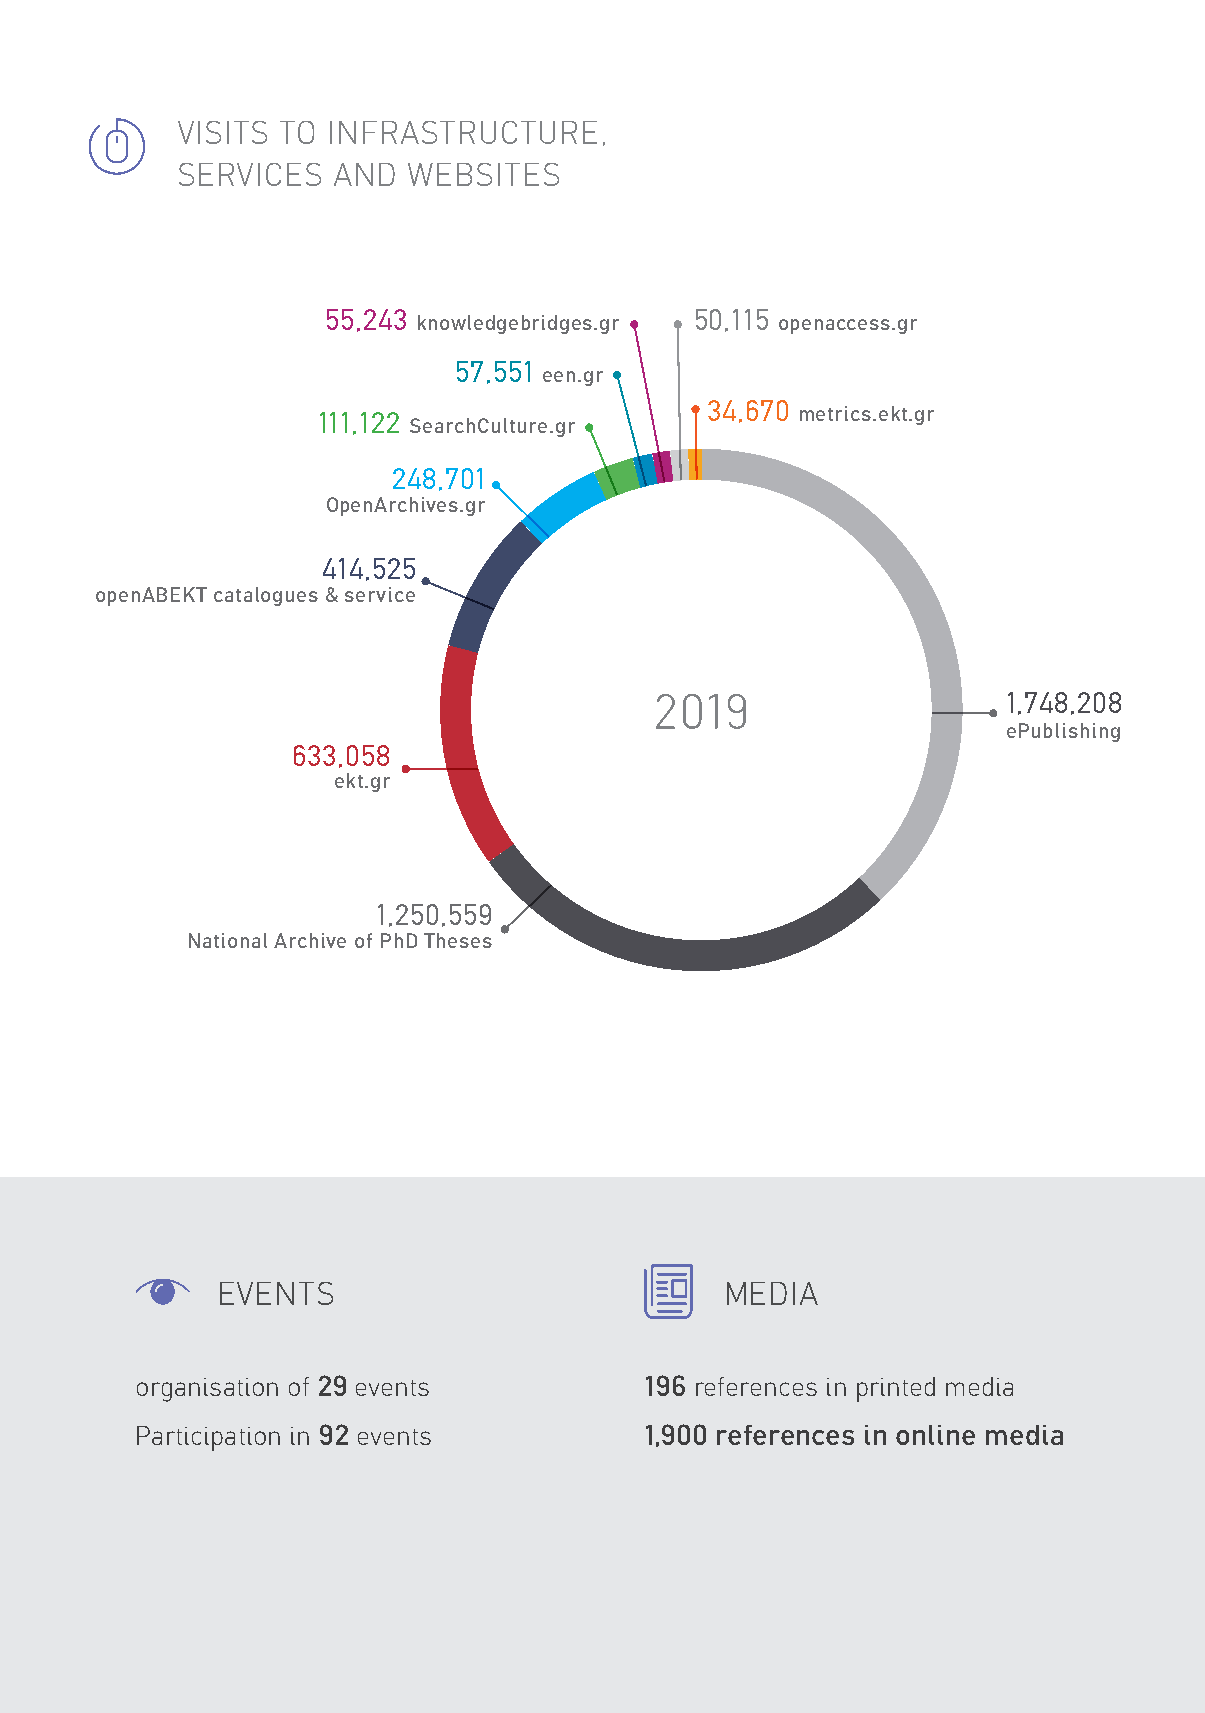
VISITS TO INFRASTRUCTURE,
 SERVICES  AND  WEBSITES
 55,243                  50,115
 knowledgebridges.gr    openaccess.gr
 57,551
 een.gr
 34,670
 111,122                         metrics.ekt.gr
 SearchCulture.gr
 248,701
 OpenArchives.gr
 414,525
 openABEKT catalogues & service
 2019                    1,748,208
 ePublishing
 633,058
 ekt.gr
 1,250,559
 National Archive of PhD Theses
 EVENTS                            MEDIA
 organisation of 29 events         196 references in printed media
 Participation in 92 events        1,900 references in online media